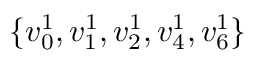
\{ v _ { 0 } ^ { 1 } , v _ { 1 } ^ { 1 } , v _ { 2 } ^ { 1 } , v _ { 4 } ^ { 1 } , v _ { 6 } ^ { 1 } \}